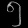
Digit: ၅